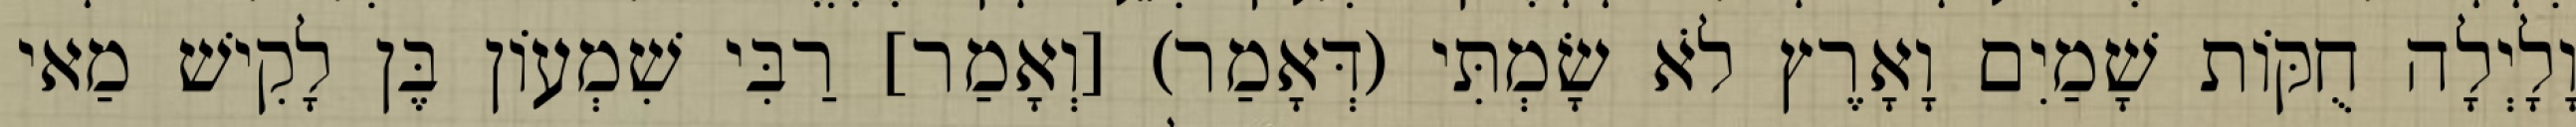
וָלָיְלָה חֻקּוֹת שָׁמַיִם וָאָרֶץ לֹא שָׂמְתִּי (דְּאָמַר) [וְאָמַר] רַבִּי שִׁמְעוֹן בֶּן לָקִישׁ מַאי